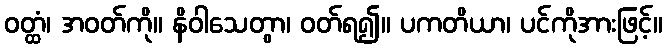
ဝတ္ထံ၊ အဝတ်ကို။ နိဝါသေတွာ၊ ဝတ်ရ၍။ ပကတိယာ၊ ပင်ကိုအားဖြင့်။